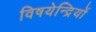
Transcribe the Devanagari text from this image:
विषयेन्द्रियों